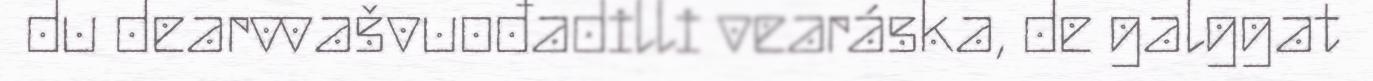
du dearvvašvuođadilli vearáska, de galggat